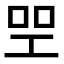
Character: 𠱯